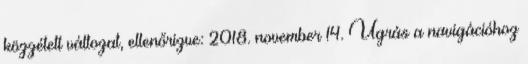
közzétett változat, ellenőrizve: 2018. november 14. Ugrás a navigációhoz